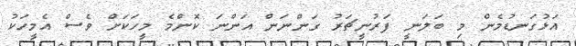
އަޅުގަނޑުމެން މި ބަލަނީ ފަރުނީޗަރު ގަންނަން އަންނަ ކޮންމެ މީހަކަށް ވެސް އެމީހަކު